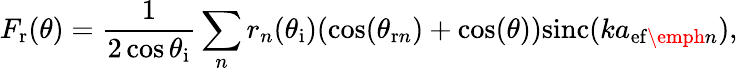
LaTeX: F_{\mathrm{{r}}}(\theta)=\frac{1}{2\cos{\theta_{\mathrm{{i}}}}}\sum_{n}r_{n}(\theta_{\mathrm{{i}}})(\cos(\theta_{\mathrm{r}n})+\cos(\theta))\mathrm{sinc}(ka_{\mathrm{ef}\emph{n}}),